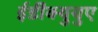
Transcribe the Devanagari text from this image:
ईडी॑क्युयुए